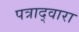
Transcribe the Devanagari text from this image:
पत्राद्वारा